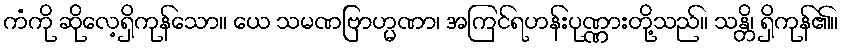
ကံကို ဆိုလေ့ရှိကုန်သော။ ယေ သမဏဗြာဟ္မဏာ၊ အကြင်ရဟန်းပုဏ္ဏားတို့သည်။ သန္တိ၊ ရှိကုန်၏။